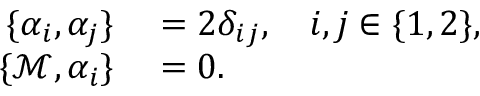
\begin{array} { r l } { \{ \alpha _ { i } , \alpha _ { j } \} } & { { } = 2 \delta _ { i j } , \quad i , j \in \{ 1 , 2 \} , } \\ { \{ \mathcal { M } , \alpha _ { i } \} } & { { } = 0 . } \end{array}